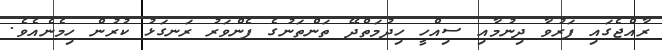
ރާއްޖެގައި ފަރުވާ ދިނުމާއި ސިއްހީ ހިދުމަތްދޭ ތަންތަނުގެ ފެންވަރު ރަނގަޅު ކުރުން ހިމެނެއެވެ.